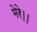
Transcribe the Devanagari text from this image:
मेरे।।